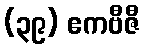
(၃၉) ဧကဗီဇီ